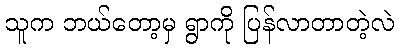
သူက ဘယ်တော့မှ ရွာကို ပြန်လာတာတဲ့လဲ